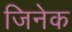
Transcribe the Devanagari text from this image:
जिनेक